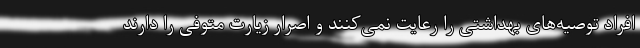
افراد توصیه‌های بهداشتی را رعایت نمی‌کنند و اصرار زیارت متوفی را دارند